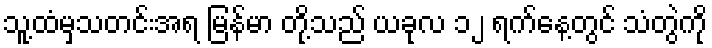
သူ့ထံမှသတင်းအရ မြန်မာ တို့သည် ယခုလ ၁၂ ရက်နေ့တွင် သံတွဲကို